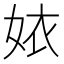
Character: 㛄